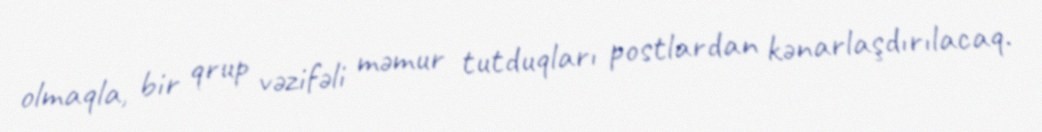
olmaqla, bir qrup vəzifəli məmur tutduqları postlardan kənarlaşdırılacaq.